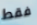
فقط